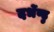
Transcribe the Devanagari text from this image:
दर्भेण्डु